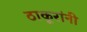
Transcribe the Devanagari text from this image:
ठाकूरांनी